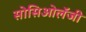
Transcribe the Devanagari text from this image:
सोसिओलॅजी